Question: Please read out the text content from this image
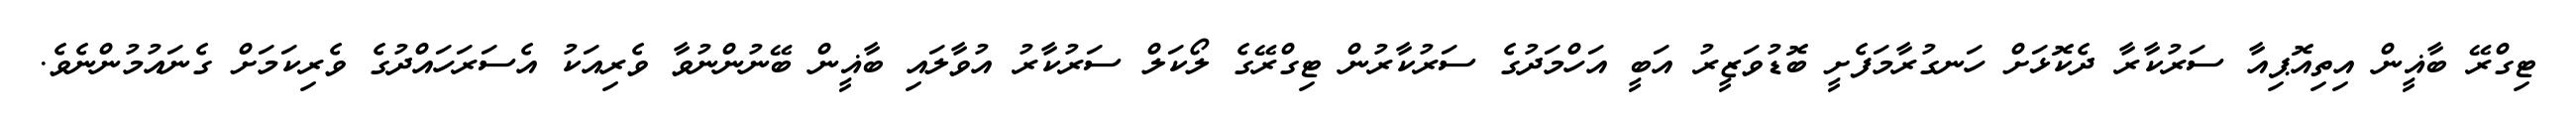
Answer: ޓިގްރޭ ބާޣީން އިތިއޮޕިއާ ސަރުކާރާ ދެކޮޅަށް ހަނގުރާމަފެށީ ބޮޑުވަޒީރު އަބީ އަހްމަދުގެ ސަރުކާރުން ޓިގްރޭގެ ލޯކަލް ސަރުކާރު އުވާލައި ބާޣީން ބޭނުންނުވާ ވެރިއަކު އެސަރަހައްދުގެ ވެރިކަމަށް ގެނައުމުންނެވެ.